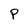
Character: P